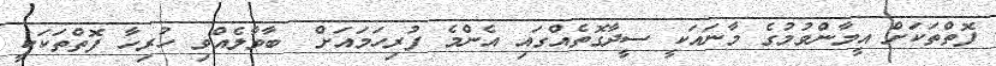
ފޮތްތަކަށް އީމާންވުމުގެ މާނައަކީ ސީދާގޮތެއްގައި އެންމެ ފުރިހަމައަށް  ބާވާލެއްވި ހުރިހާ ފޮތްތަކަކީ